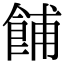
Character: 餔